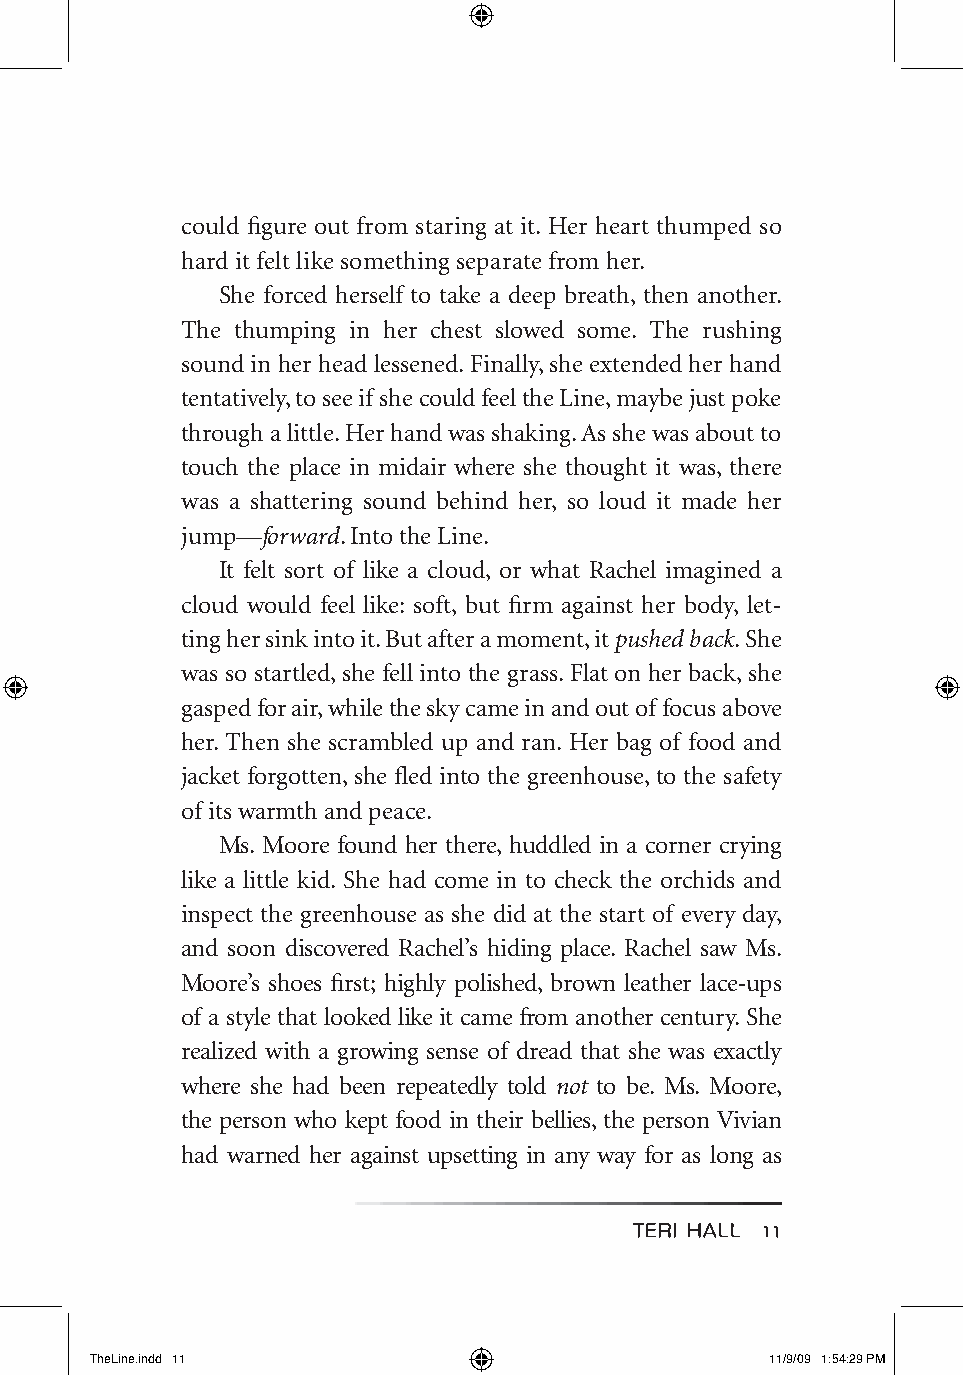
could figure out from staring at it. Her heart thumped so
 hard it felt like something separate from her.
 She forced herself to take a deep breath, then another.
 The thumping in her chest slowed some. The rushing
 sound in her head lessened. Finally, she extended her hand
 tentatively, to see if she could feel the Line, maybe just poke
 through a little. Her hand was shaking. As she was about to
 touch the place in midair where she thought it was, there
 was a shattering sound behind her, so loud it made her
 jump—forward. Into the Line.
 It felt sort of like a cloud, or what Rachel imagined a
 cloud would feel like: soft, but firm against her body, let-
 ting her sink into it. But after a moment, it pushed back. She
 was so startled, she fell into the grass. Flat on her back, she
 gasped for air, while the sky came in and out of focus above
 her. Then she scrambled up and ran. Her bag of food and
 jacket forgotten, she fled into the greenhouse, to the safety
 of its warmth and peace.
 Ms. Moore found her there, huddled in a corner crying
 like a little kid. She had come in to check the orchids and
 inspect the greenhouse as she did at the start of every day,
 and soon discovered Rachel’s hiding place. Rachel saw Ms.
 Moore’s shoes first; highly polished, brown leather lace-ups
 of a style that looked like it came from another century. She
 realized with a growing sense of dread that she was exactly
 where she had been repeatedly told not to be. Ms. Moore,
 the person who kept food in their bellies, the person Vivian
 had warned her against upsetting in any way for as long as
 TerI haLL 11
 TheLine.indd 11                              11/9/09 1:54:29 PM